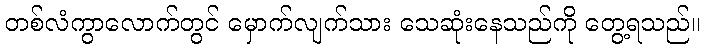
တစ်လံကွာလောက်တွင် မှောက်လျက်သား သေဆုံးနေသည်ကို တွေ့ရသည်။